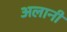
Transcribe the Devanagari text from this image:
अलानी